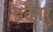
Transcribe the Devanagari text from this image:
इदैनरु